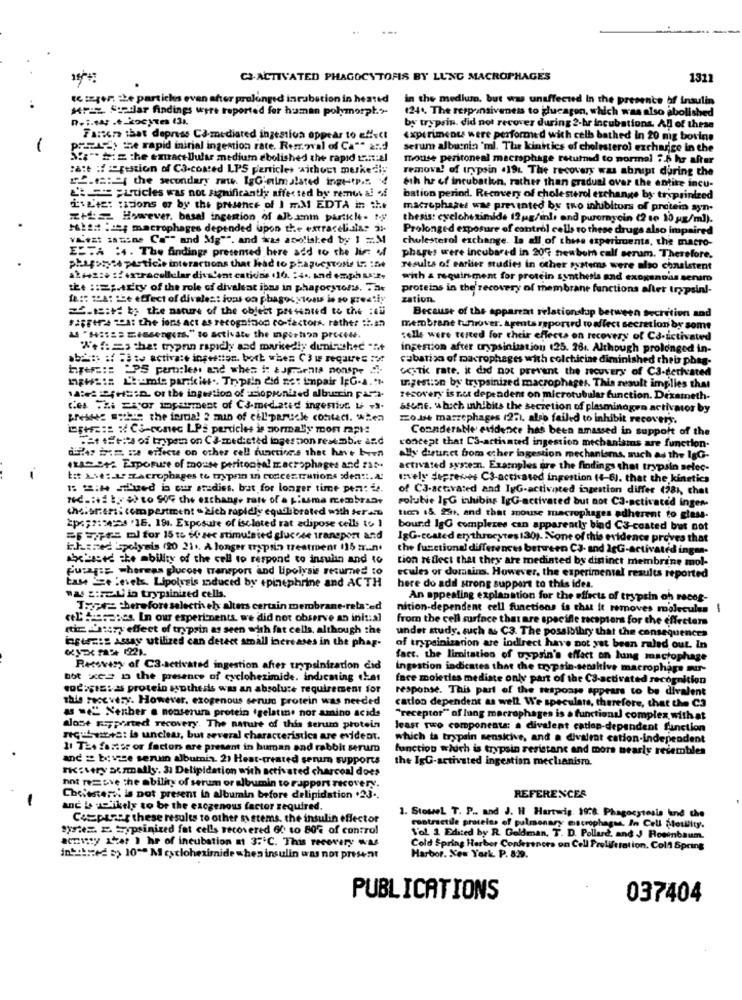
...
C3-ACTIVATED PHAGOCYTOFIS BY LUNG MACROPHAGES
1311
te tager the partichs even after prolonged incubation in heated
in the medium. but was unaffected In the presence of insulin
MPLE Fortlar findings were reported for human polymorph."
(24 .. The responsiveness to glucagon, which was also abolished
D.i.way .e.kocytes (31.
by trypsin. did not recover during 2-hr incubations. All of these
Farsera that depress Ca-mediated ingestion oppear to effect
Experiments were performed with cell bathed In 20 mig bovine
-
p == ") the rapid initial ingestion rate. Removal of Ca"" and
serum albuenin 'mi. The kinetics of cholesterol exchange in the
S .... siz the extracellular medium abolished the rapid tant:2l
mouse peritoneal macrophage returned to normal 7.5 hr after
:att :trution of C3-coated LPS particles without merkezi;
remove! of trypsin .191. The recovery was abrupt during the
.: "{ the secondary rante. IgG'nimalated ingHtP.s. 4
eth hr of incubation, rather than gradual over the entire incu-
=Lticles was not significantly affected by removal of
bation perind. Recovery of cholesterol exchange by trsprinized
i've'te: titions of by the presence of I mM EDTA in the
macrophages wae prevented by pro inhibitors of protein syn-
z+= However, basal ingestion of Jeanm partiche- 1.
thesis: cycloheximida 12 ug/inl, and puromycin (2 se 10 gx/ml).
MAI21 :2; macrophages depended upon the extracelialas 21.
Prolonged exposure of control cells to these drugs also impaired
VLezt sauene Ca"" and Mg"", and iwas apolished by 1 =M
cholesterol exchange. la all of this experiments, the macro-
ESTA :4. The findinge presemed here add to the lie: Mf
phages were incubared in 200 newbom call serum. Therefore.
phagotyce particle interactions that head to phaguestolte in ine
results of earlier studies in other systems were also consistent
almaz :. : extracellular divs'ent cations (10. : 44, and emph SA'2.
with & requirement for protein synthesis and exogenous senamo
the ::=;- tEty of the role of divalent ists in phagocytons. Tax
proteins in the recovery of membrane functions after try psinl-
fate mah: the effect of divalest ivas co phagocytosis is so greatly
zation.
2-1sitt the nature of the object presented to the :45
sapere Ta: the ions act as recognition co-factors, rather :i.an
Because of the apparent relationship between secretion and
membrane turnover. agents reported wo affect secretion by some
US "HS :== = essengers." to activate the inportion procede.
cells were tested for their effects on recovery of C3-activated
W+f =s that trypnn rapidly and markedly dunithec "nt
ingestion after trypsinization 125. 26 .. Although prolonged in-
cabation of macrophages with colchicine diminished theis phag-
hper ::: "PS pern:les and when i: &Jpraents nonspe di.
Gootic rate. it did not prevent the recovery of C3-derhated
maws := Lemie partiti .. Trypsin did not impair IpG-a.t.
ungestion by trypsinized macrophages. This result implies that
14:42;Hs:D, or the ingestion of -ciopionized alburin para
recovery is not dependent on microtubular function. Dexameth-
des Chi psyor impairment of Ca-mediated ingestion Li -s-
ssone. which inhibits the secretion of plasminogen activator by
LINZ =" the inria! 2 min of cellparucke contact. when
Zo.14 marzephages (251, also failed to inhibit recovery.
CE+ === %C3-conec LPE particles is normally mon rapie
Coandersbe evidence has been amassed in support of the
.At State of trypsin on C&-mediated ingestion resemble and
dillas inn se effect on other cell functions that have been
concept that CS-activated ingestion mechanisms are function-
ally diur.ct bom echer ingestion mechanisms, such as the lgG-
... +2 Exposure of mouse peritonpal macrophages and zas.
activated system. Examples are the findings that trypsin selec-
-
Est &ses Lacrophages to tryprin in concentrations sdeatt.A.
Ively depreves CS-acchased ingestion (4-6). that the kinetics
1 2:4 Hued i mu aradies. bat for longer time pen: te.
of C3-activated and IpG-activated ingestion differ (781, chet
med .: + tyto So che exchange rate of a piuma membrane
rolubie IFG inhibis IgG-activated but not C3-activated ingen-
thelorens: compartment " Zich rapidly equilibrated with teraz
Eps;2:415 16. 191. Exposure of iscleted rat adipose cells to ]
tion 18. 23, and that mouse macrophages adherent to glass-
bound IgG complexes can apparently bind C3-coated but not
= == m for 15 to Mose stimulsied glucose transport and
IgG-coated erythrocytes130). None of this evidence proves that
i.hamed Spolysis (20 21 .. A longer trypsin treatment 115 m.in.
the functional differences between CJ- and IgG-activated ingma-
ahchased che ability of the cell to respond to insulin and to
tion reflect that they are mediated by distinct membrine mol-
Pura := whereas glucose transport and lipolysis returned to
ecules or domains. However, the experimental results reported
tase Sze :niels. Lipolveis induced by epinephrine and ACTH
here do add strong support to this idea.
"2 2:FEL in trypsinized cells.
An appealing explanation for the effects of trypsin oh races-
Tapez therefore selectively alters certain membrane-related
nition-dependent cell functions is that it removes molecules
ceL' fresapes. In our experiments we did not observe an initial
from the cell surface that are specifle receptors for the offreters
riz L'haczy effect of trypsin as seen with fat cells, although the
under study. such & C3. The possibility that the consequences
ingerais Assay utilized can detect small increases in the phag-
of trypsinization are indirect have not yet been ruled out. In
fact. the limitation of trypsin's effect on lung macrophage
Recovery of C3-activated ingestion after trypsiniration did
Ingestion indicates that the trypsin-sensitive macrophage mu-
bot x= o the presence of cycloheximide. indicming chat
fare moieries mediate only part of the C3-activated recognition
codigis: as protein ssothesis was an absolute requirement for
response. This part of the response appears to be divalent
this recevery. However, exogenous senuc protein was needed
cation dependent as well. We speculare, therefore, that the C3
a =" Nenher . nonserum protein .gelatine nor amino acids
"receptor" of lung macrophages is a functional complex with at
alose supported recovery. The nature of this serum protein
least two components: a divalent cation-dependent function
recut-mora: lo unclear, but several characteristics are evident.
which ta trypsin sensicive, and a divarat cation-independent
11 The fartor or factors are present in human and rabbit serum
function which is trypsin resistant and mors nearly resembles
and 2 boyce serum albumin. 2) Heat-treated serum supports
the IgG-activated ingestion mechanism.
FK:very acrmadly. 31 Delipidation with activated charcoal does
hnt remove the ability of serum or albumin to rapport recovery.
Cholester is pot present in albumin before delipidstion .23 ..
REFERENCER
anc Is Likely to be the excgenous factor required.
Cespazar these results to other systems, the insulin eflector
1. StoweL T. P .. and J. H Hartwig, 1978. Phagocytosis lind che
Syriez. z trypsinized fat cells recovered 60 to 80% of control
contractile proteins of pulmonary macrophages. In Cell Mowlity.
aomisty 12as ) hr of incubation at 3:'℃. This recovery was
Vol 1 Edited by R. Goldman. T. D. Pollard, and J Rosenbaum.
Cold Spring Harbor Conferences on Cell Proliferation. Coll Spring
in thed => 10"" Mestloheximide whea insulin was not present
Harbor. Xes York. P. 8:29.
PUBLICATIONS
037404